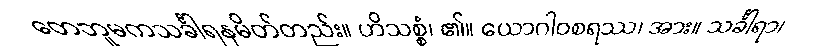
တေဘူမကသင်္ခါရနမိတ်တည်း။ ဟိသစ္စံ၊ ၏။ ယောဂါဝစရဿ၊ အား။ သင်္ခါရာ၊